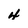
Character: 4